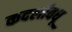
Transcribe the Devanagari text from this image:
कदलीवधू